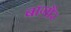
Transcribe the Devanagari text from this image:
बाग़ौर